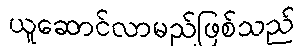
ယူဆောင်လာမည်ဖြစ်သည်